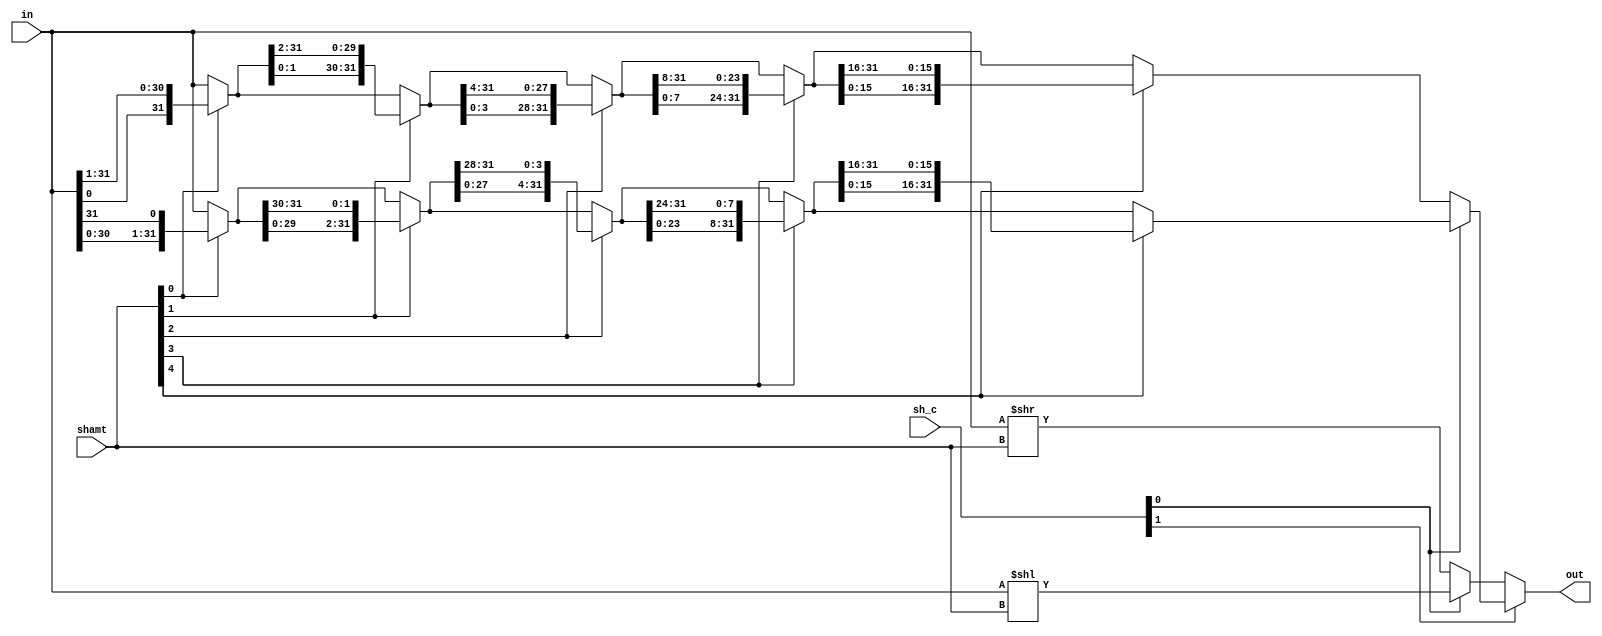
module shifter (
	input wire [1:0]	sh_c,
	input wire [4:0]	shamt,
	input wire [31:0]	in,

	output wire[31:0]	out
	);
	
	wire [31:0] ls0, rs0, ls1, rs1, ls2, rs2, ls3, rs3, slc, src; 
	
	assign rs0 = shamt[0] ? {in[0], in[31:1]} : in;
	assign ls0 = shamt[0] ? {in[30:0], in[31]} : in;

	assign rs1 = shamt[1] ? {rs0[1:0], rs0[31:2]} : rs0;
	assign ls1 = shamt[1] ? {ls0[29:0], ls0[31:30]} : ls0;

	assign rs2 = shamt[2] ? {rs1[3:0], rs1[31:4]} : rs1;
	assign ls2 = shamt[2] ? {ls1[27:0], ls1[31:28]} : ls1;

	assign rs3 = shamt[3] ? {rs2[7:0], rs2[31:8]} : rs2;
	assign ls3 = shamt[3] ? {ls2[23:0], ls2[31:24]} : ls2;

	assign src = shamt[4] ? {rs3[15:0], rs3[31:16]} : rs3;
	assign slc = shamt[4] ? {ls3[15:0], ls3[31:16]} : ls3;

	assign out = sh_c[1] ? (sh_c[0]? slc : src) : (sh_c[0]? (in << shamt) : (in >> shamt));

endmodule